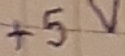
Text: +5V